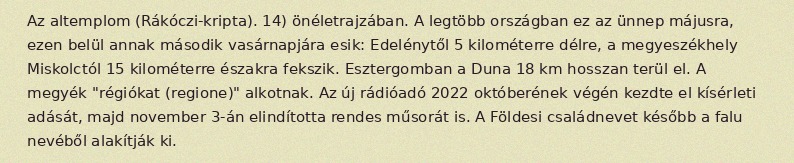
Az altemplom (Rákóczi-kripta). 14) önéletrajzában. A legtöbb országban ez az ünnep májusra, ezen belül annak második vasárnapjára esik: Edelénytől 5 kilométerre délre, a megyeszékhely Miskolctól 15 kilométerre északra fekszik. Esztergomban a Duna 18 km hosszan terül el. A megyék "régiókat (regione)" alkotnak. Az új rádióadó 2022 októberének végén kezdte el kísérleti adását, majd november 3-án elindította rendes műsorát is. A Földesi családnevet később a falu nevéből alakítják ki.